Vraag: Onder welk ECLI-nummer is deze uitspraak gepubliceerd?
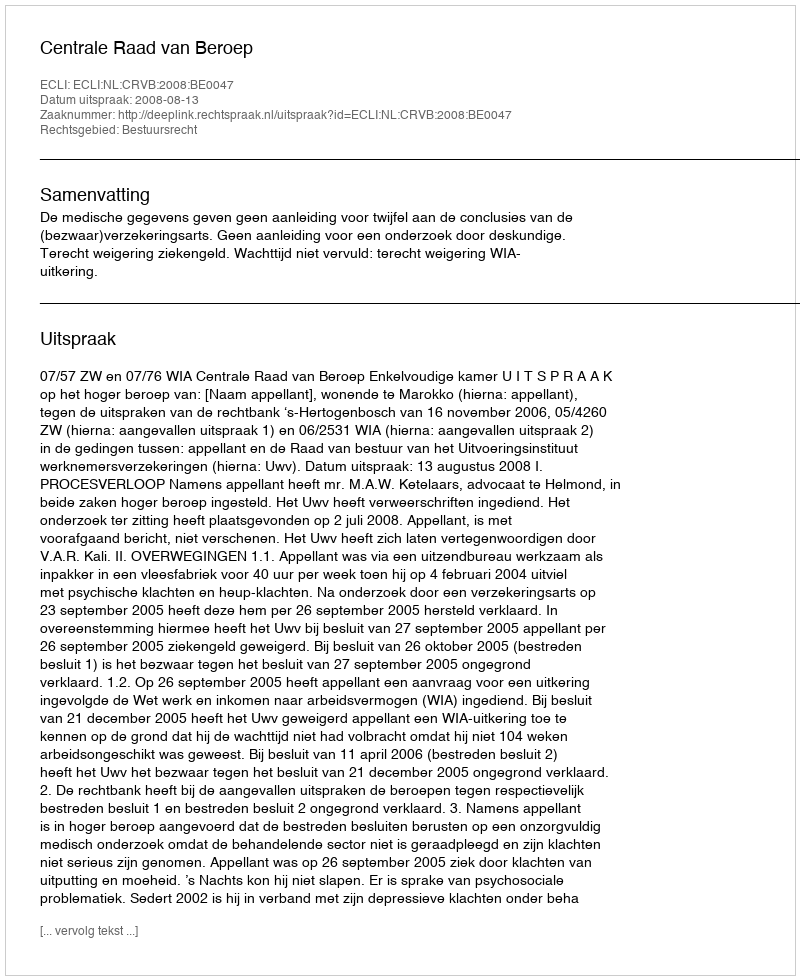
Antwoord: ECLI:NL:CRVB:2008:BE0047